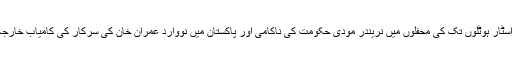
بھارت میں عام ڈھابوں سے لیکر فائیو اسٹار ہوٹلوں تک کی محفلوں میں نریندر مودی حکومت کی ناکامی اور پاکستان میں نووارد عمران خان کی سرکار کی کامیاب خارجہ اور داخلہ پالیسی کے چرچے عام ہیں۔